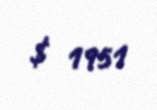
$ 1951